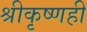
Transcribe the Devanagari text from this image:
श्रीकृष्णही